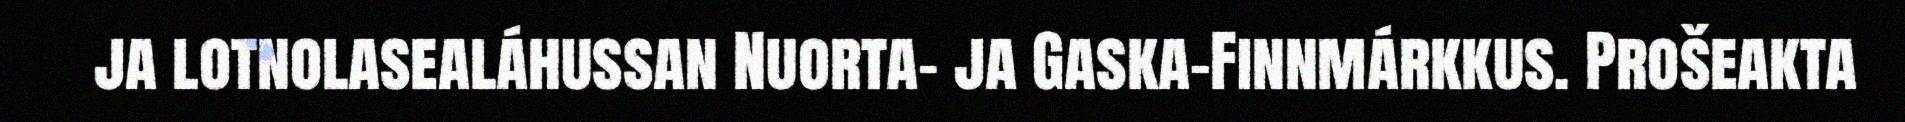
ja lotnolasealáhussan Nuorta- ja Gaska-Finnmárkkus. Prošeakta